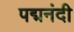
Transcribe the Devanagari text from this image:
पद्मनंदी